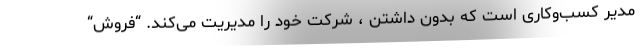
مدیر کسب‌وکاری است که بدون داشتن ، شرکت خود را مدیریت می‌کند. “فروش“